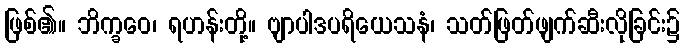
ဖြစ်၏။ ဘိက္ခဝေ၊ ရဟန်းတို့။ ဗျာပါဒပရိယေသနံ၊ သတ်ဖြတ်ဖျက်ဆီးလိုခြင်း၌